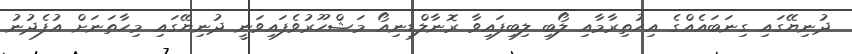
ދުނިޔޭގައި ގިނަބައެއްގެ އިޙުތިރާމާއި ލޯބި ލިބިފައިވާ ރޮނާލްޑިނިއޯ މަޝްހޫރުވެފައިވަނީ ދުނިޔޭގައި މިހާތަނަށް އުފެދުނު